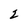
Character: 2